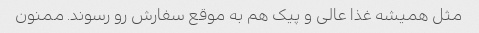
مثل همیشه غذا عالی و پیک هم به موقع سفارش رو رسوند. ممنون